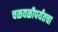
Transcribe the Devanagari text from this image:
चळवळीपर्यंतचा